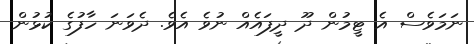
ނަމަވެސް އެ ޓީމުން ދޫ ދީފައެއް ނުވެ އެވެ. ދެވަނަ ހާފުގެ ކުޅުން